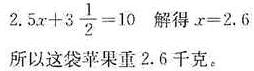
$2.5x + 3\frac{1}{2} = 10$ 解得 $x = 2.6$
所以这袋苹果重 $2.6$ 千克。